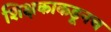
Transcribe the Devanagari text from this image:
शिक्षकाकडूनच